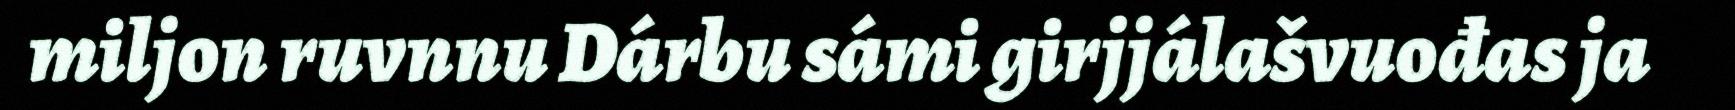
miljon ruvnnu Dárbu sámi girjjálašvuođas ja